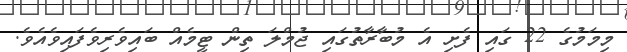
މިމަމުގެ 22 ގައި ފެށި އެ މުބާރާތުގައި ޖުމްލަ ތިން ޓީމެއް ބައިވެރިވެފައިވެއެވެ.